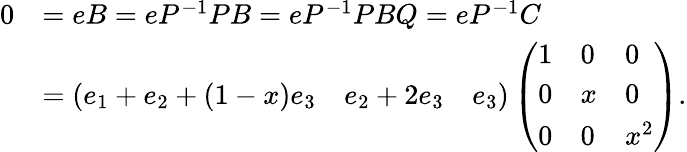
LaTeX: \begin{array}{rl}{0}&{=eB=eP^{-1}PB=eP^{-1}PBQ=eP^{-1}C}\\ &{=(e_{1}+e_{2}+(1-x)e_{3}\quad e_{2}+2e_{3}\quad e_{3})\left(\begin{array}{lll}{1}&{0}&{0}\\ {0}&{x}&{0}\\ {0}&{0}&{x^{2}}\end{array}\right).}\end{array}